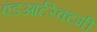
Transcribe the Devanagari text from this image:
एंडआर्टरेक्टमी